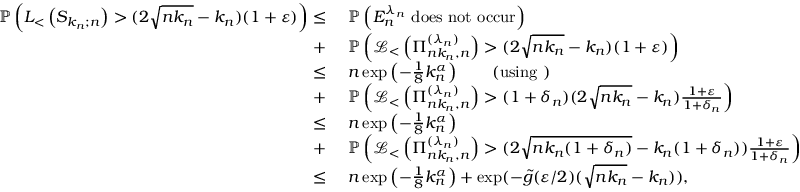
\begin{array} { r l } { \mathbb { P } \left( L _ { < } \left( S _ { k _ { n } ; n } \right) > ( 2 \sqrt { n k _ { n } } - k _ { n } ) ( 1 + \varepsilon ) \right) \leq } & { \ \mathbb { P } \left( E _ { n } ^ { \lambda _ { n } } \mathrm { ~ d o e s ~ n o t ~ o c c u r } \right) } \\ { + } & { \ \mathbb { P } \left( \mathcal { L } _ { < } \left( \Pi _ { n k _ { n } , n } ^ { ( \lambda _ { n } ) } \right) > ( 2 \sqrt { n k _ { n } } - k _ { n } ) ( 1 + \varepsilon ) \right) } \\ { \leq } & { \ n \exp \left( - \frac { 1 } { 8 } k _ { n } ^ { \alpha } \right) \qquad \mathrm { ( u s i n g ~ ) } } \\ { + } & { \ \mathbb { P } \left( \mathcal { L } _ { < } \left( \Pi _ { n k _ { n } , n } ^ { ( \lambda _ { n } ) } \right) > ( 1 + \delta _ { n } ) ( 2 \sqrt { n k _ { n } } - k _ { n } ) \frac { 1 + \varepsilon } { 1 + \delta _ { n } } \right) } \\ { \leq } & { \ n \exp \left( - \frac { 1 } { 8 } k _ { n } ^ { \alpha } \right) } \\ { + } & { \ \mathbb { P } \left( \mathcal { L } _ { < } \left( \Pi _ { n k _ { n } , n } ^ { ( \lambda _ { n } ) } \right) > ( 2 \sqrt { n k _ { n } ( 1 + \delta _ { n } ) } - k _ { n } ( 1 + \delta _ { n } ) ) \frac { 1 + \varepsilon } { 1 + \delta _ { n } } \right) } \\ { \leq } & { \ n \exp \left( - \frac { 1 } { 8 } k _ { n } ^ { \alpha } \right) + \exp ( - \tilde { g } ( \varepsilon / 2 ) ( \sqrt { n k _ { n } } - k _ { n } ) ) , } \end{array}